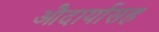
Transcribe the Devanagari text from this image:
औदार्यासह